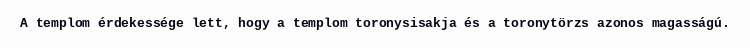
A templom érdekessége lett, hogy a templom toronysisakja és a toronytörzs azonos magasságú.